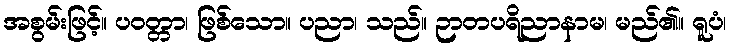
အစွမ်းဖြင့်။ ပဝတ္တာ၊ ဖြစ်သော။ ပညာ၊ သည်။ ဉာတပရိညာနာမ၊ မည်၏။ ရူပံ၊